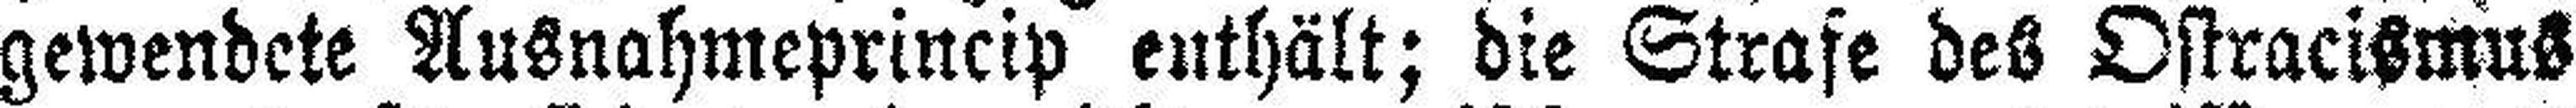
gewendete Ausnahmeprincip enthält; die Strafe des Ostracismus